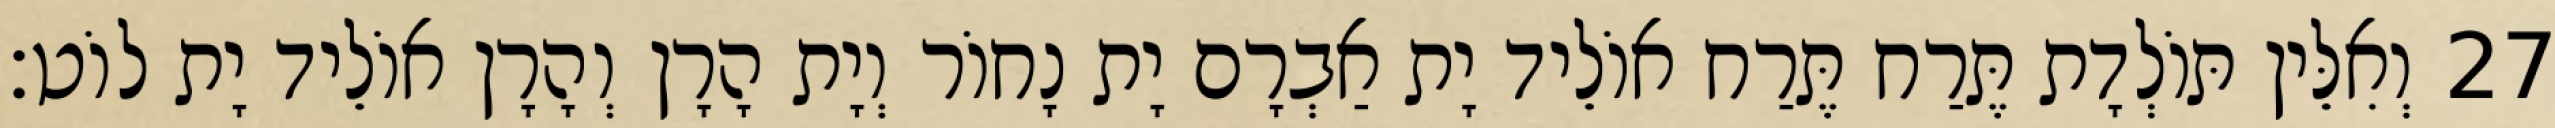
27 וְאִלֵּין תּוֹלְדָת תֶּרַח תֶּרַח אוֹלֵיד יָת אַבְרָם יָת נָחוֹר וְיָת הָרָן וְהָרָן אוֹלֵיד יָת לוֹט׃